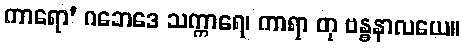
ကာရော’ ဂဘေဒေ သက္ကာရေ၊ ကာရာ တု ဗန္ဓနာလယေ။